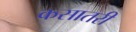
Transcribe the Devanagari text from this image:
कसातरी